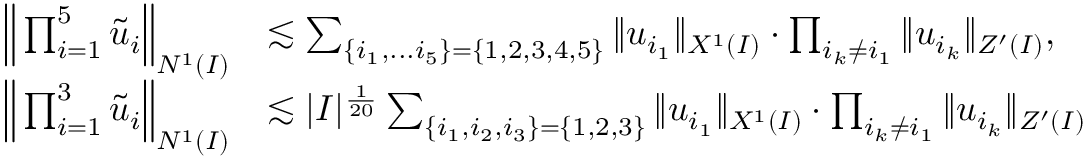
\begin{array} { r l } { \Big \| \prod _ { i = 1 } ^ { 5 } \widetilde { u } _ { i } \Big \| _ { N ^ { 1 } ( I ) } } & { \lesssim \sum _ { \{ i _ { 1 } , . . . i _ { 5 } \} = \{ 1 , 2 , 3 , 4 , 5 \} } \| u _ { i _ { 1 } } \| _ { X ^ { 1 } ( I ) } \cdot \prod _ { i _ { k } \neq i _ { 1 } } \| u _ { i _ { k } } \| _ { Z ^ { \prime } ( I ) } , } \\ { \Big \| \prod _ { i = 1 } ^ { 3 } \widetilde { u } _ { i } \Big \| _ { N ^ { 1 } ( I ) } } & { \lesssim | I | ^ { \frac { 1 } { 2 0 } } \sum _ { \{ i _ { 1 } , i _ { 2 } , i _ { 3 } \} = \{ 1 , 2 , 3 \} } \| u _ { i _ { 1 } } \| _ { X ^ { 1 } ( I ) } \cdot \prod _ { i _ { k } \neq i _ { 1 } } \| u _ { i _ { k } } \| _ { Z ^ { \prime } ( I ) } } \end{array}